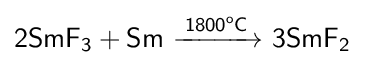
{\mathsf {2SmF_{3}+Sm\ {\xrightarrow {1800^{o}C}}\ 3SmF_{2}}}